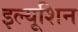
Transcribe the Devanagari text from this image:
इल्यूशिन